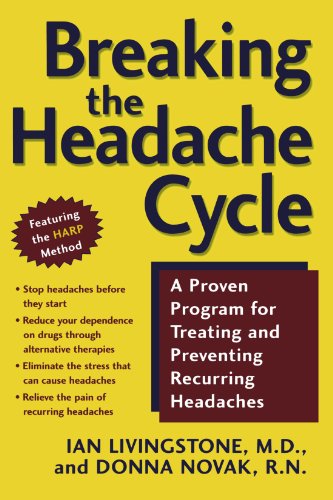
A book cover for Breaking the Headache Cycle: A Proven Program for Treating and Preventing Recurring Headaches; Ian Livingstone; Health, Fitness & Dieting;